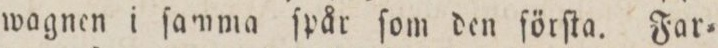
wagnen i ſamma ſpår ſom den ſörſta. Far=